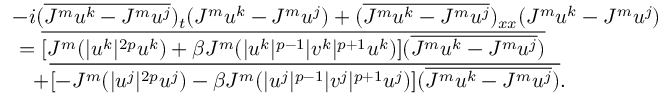
\begin{array} { r l } & { - i ( \overline { { J ^ { m } u ^ { k } - J ^ { m } u ^ { j } } } ) _ { t } ( J ^ { m } u ^ { k } - J ^ { m } u ^ { j } ) + ( \overline { { J ^ { m } u ^ { k } - J ^ { m } u ^ { j } } } ) _ { x x } ( J ^ { m } u ^ { k } - J ^ { m } u ^ { j } ) } \\ & { \ = \overline { { [ J ^ { m } ( | u ^ { k } | ^ { 2 p } u ^ { k } ) + \beta J ^ { m } ( | u ^ { k } | ^ { p - 1 } | v ^ { k } | ^ { p + 1 } u ^ { k } ) ] ( \overline { { J ^ { m } u ^ { k } - J ^ { m } u ^ { j } } } ) } } } \\ & { \ \ \ + \overline { { [ - J ^ { m } ( | u ^ { j } | ^ { 2 p } u ^ { j } ) - \beta J ^ { m } ( | u ^ { j } | ^ { p - 1 } | v ^ { j } | ^ { p + 1 } u ^ { j } ) ] ( \overline { { J ^ { m } u ^ { k } - J ^ { m } u ^ { j } } } ) } } . } \end{array}